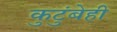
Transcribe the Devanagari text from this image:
कुटुंबेही